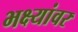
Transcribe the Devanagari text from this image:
भक्ष्यांवर